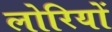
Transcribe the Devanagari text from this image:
लोरियों